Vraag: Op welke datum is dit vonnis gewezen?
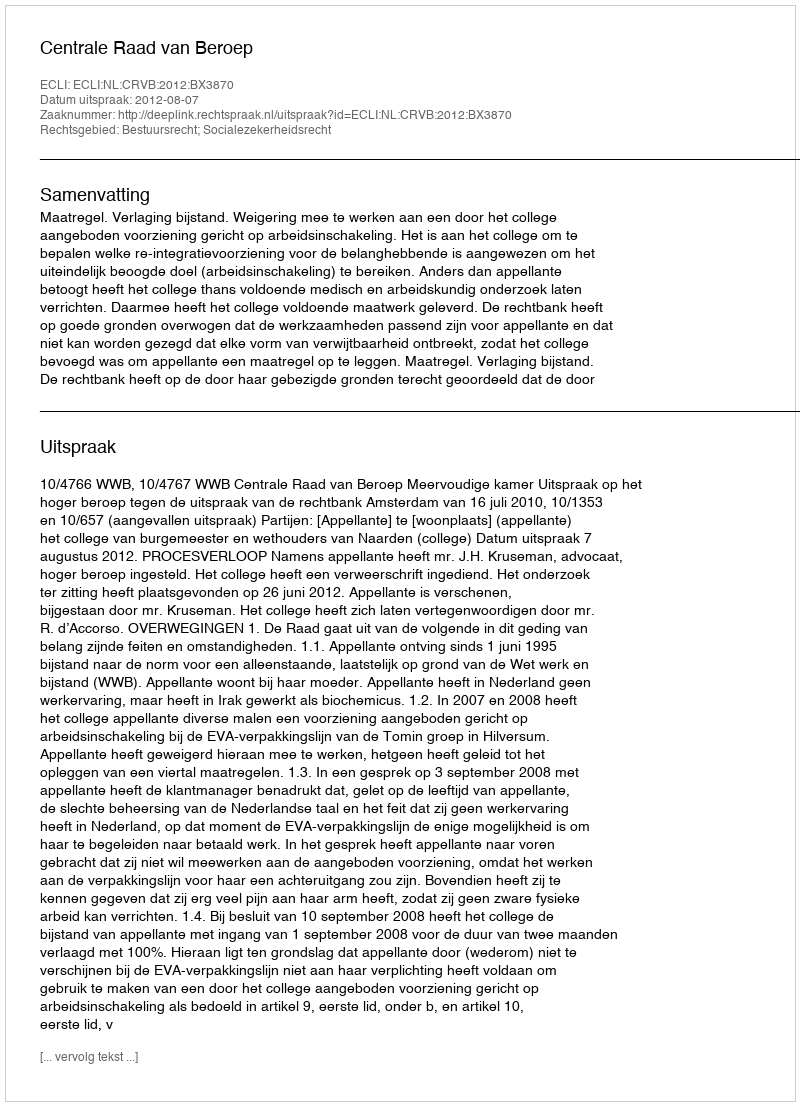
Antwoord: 2012-08-07